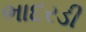
ભાદરડી